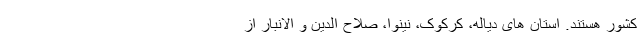
کشور هستند. استان های دیاله، کرکوک، نینوا، صلاح الدین و الانبار از